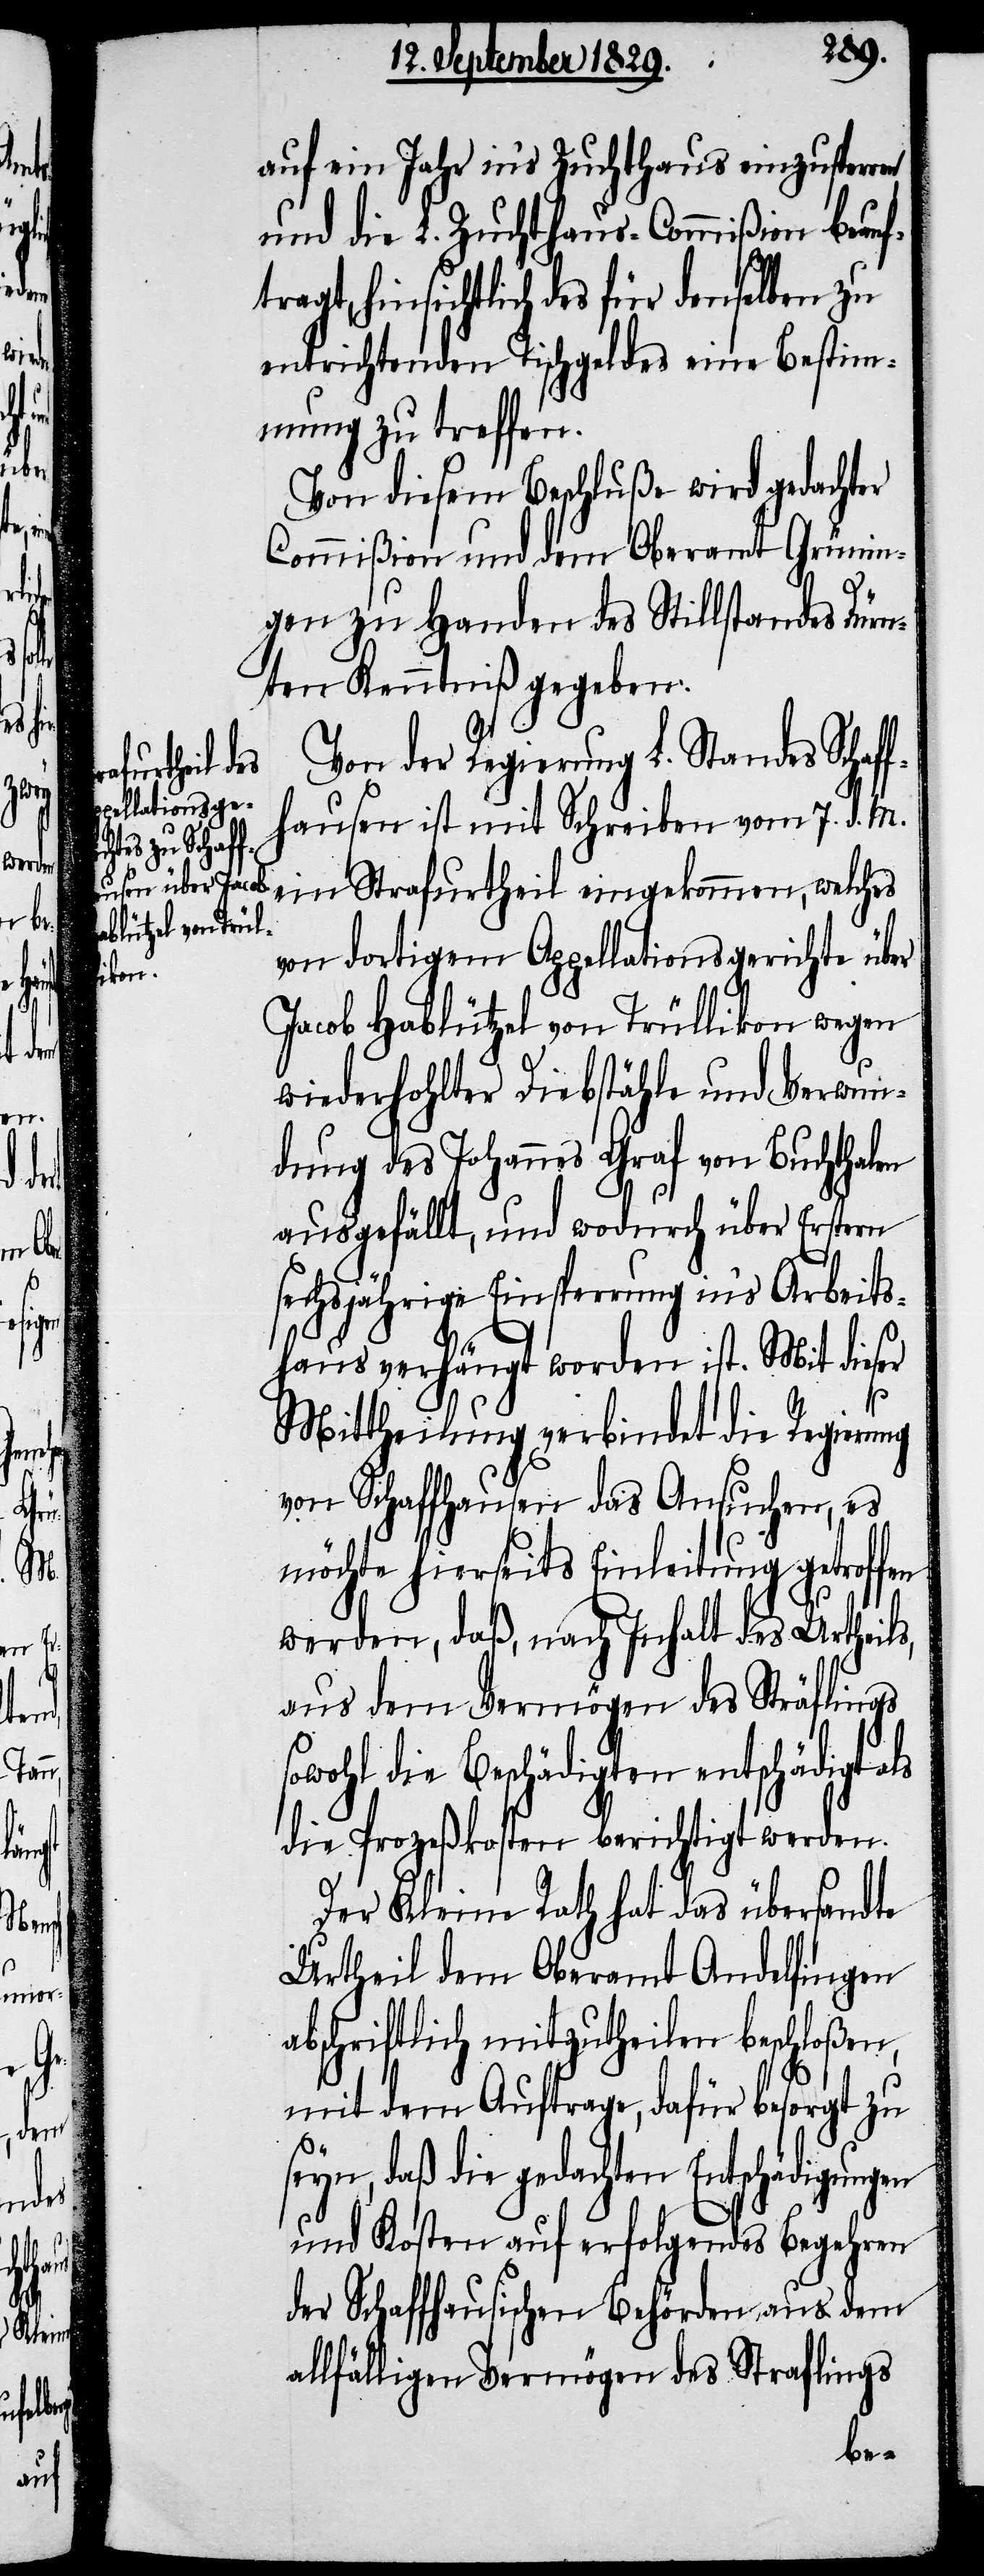
seyn,

auf ein Jahr in’s Zuchthaus einzusperren
und die L. Zuchthaus-Commißion beauf¬
tragt, hinsichtlich des für denselben zu
entrichtenden Tischgeldes eine Bestim¬
mung zu treffen.
Von diesem Beschluße wird gedachter
Commißion und dem Oberamt Grünin¬
gen zu Handen des Stillstandes Dürn¬
ten Kenntniß gegeben.
Von der Regierung L. Standes Schaff¬
hausen ist mit Schreiben vom 7. d. M.
ein Strafurtheil eingekommen, welches
von dortigem Appellationsgerichte über
Jacob Hablützel von Trüllikon wegen
wiederhohlter Diebstähle und Verwun¬
dung des Johannes Graf von Buchthalen
ausgefällt, und wodurch über Erstern
sechsjährige Einsperrung in’s Arbeits¬
haus verhängt worden ist. Mit dieser
Mittheilung verbindet die Regierung
von Schaffhausen das Ansuchen, es
möchte hierseits Einleitung getroffen
werden, daß, nach Inhalt des Urtheils,
aus dem Vermögen des Sträflings
sowohl die Beschädigten entschädigt als
die Prozeßkosten berichtigt werden.
Der Kleine Rath hat das übersandte
Urtheil dem Oberamt Andelfingen
abschriftlich mitzutheilen beschloßen,
mit dem Auftrage, dafür besorgt zu
daß die gedachten Entschädigungen
und Kosten auf erfolgendes Begehren
der Schaffhausischen Behörden aus dem
allfälligen Vermögen des Straflings